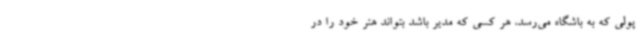
پولی که به باشگاه می‌رسد، هر کسی که مدیر باشد بتواند هنر خود را در